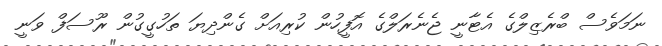
ނަމަވެސް ބްރެޒިލްގެ އެޓާނީ ޖެނެރަލްގެ އޮފީހުން ކުރިއަށް ގެންދިޔަ ތަހުގީގުން ރޫސަފް ވަނީ